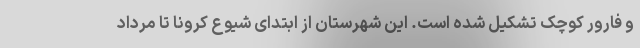
و فارور کوچک تشکیل شده است. این شهرستان از ابتدای شیوع کرونا تا مرداد